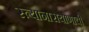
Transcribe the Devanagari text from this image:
स्त्यानारायाणाची